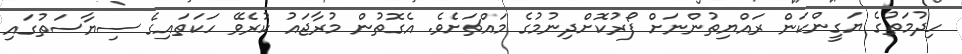
ހިދުމަތުގެ ޔަގީންކަން ރައްޔިތުންނަށް ފޯރުކޮށްދިނުމުގެ މައްޗަށެވެ. އެގޮތުން މުރާޖައު ކުރެވޭ ހަކަތައިގެ ސިޔާސަތުގައި